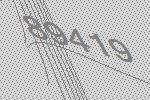
89419